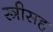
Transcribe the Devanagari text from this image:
स्त्रीसह